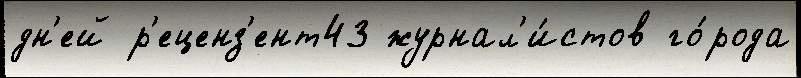
дн'ей р'еценз'ент43 журнал'и́стов го́рода